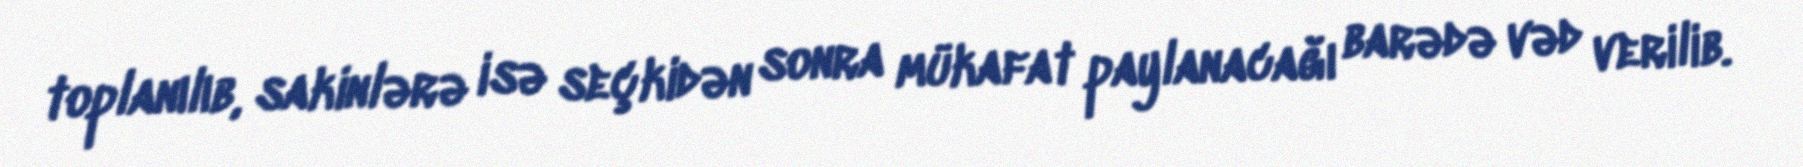
toplanılıb, sakinlərə isə seçkidən sonra mükafat paylanacağı barədə vəd verilib.